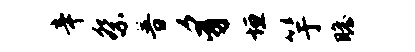
辛祭普豸垣竽瞻